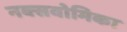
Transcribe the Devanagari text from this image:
नक्सवोमिका